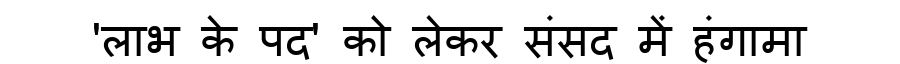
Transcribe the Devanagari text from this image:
'लाभ के पद' को लेकर संसद में हंगामा